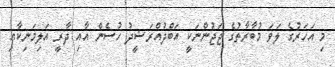
މި އަހަރުގެ ލަވަ މުބާރާތުގެ ޖަޖުންނަކީ އަބްދުއްރަޝީދު ހުސެން އާއި ދާރީ އަލިމަނިކާއި